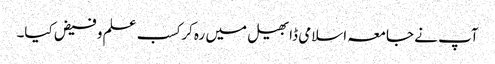
آپ نے جامعہ اسلامی ڈابھیل میں رہ کر کسب علم و فیض کیا۔